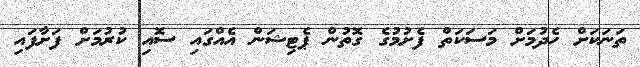
ތަނަކަށް ހެދުމަށް މަސަކަތް ފެށުމުގެ ގޮތުން ޕެޓިޝަން އެއްގައި ސޮއި ކުރުމަށް ފަށާފައި